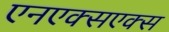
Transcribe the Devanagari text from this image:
एनएक्सएक्स